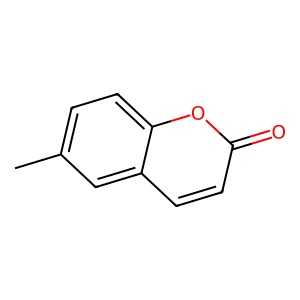
SMILES: Cc1ccc2oc(=O)ccc2c1
Inhibits HIV replication: No